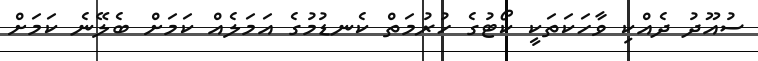
ސުއޫދު ދެއްކި ވާހަކަތަކީ ކޯޓުގެ ހުރުމަތް ކެނޑުމުގެ އަމަލެއް ކަމަށް ބެލޭނެ ކަމަށް